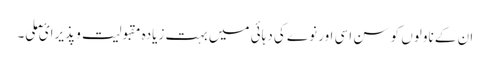
ان کے ناولوں کو سن اسی اور نوے کی دہائی میں بہت زیادہ مقبولیت و پذیرائ ملی۔